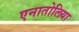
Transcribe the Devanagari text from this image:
एनातोलिया